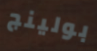
بولينج